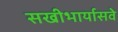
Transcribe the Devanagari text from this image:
सखीभार्यासवे